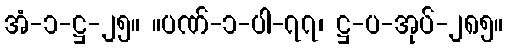
အံ-၁-ဋ္ဌ-၂၅။ ။ပဏ်-၁-ပါ-၇၇၊ ဋ္ဌ-ပ-အုပ်-၂၈၅။